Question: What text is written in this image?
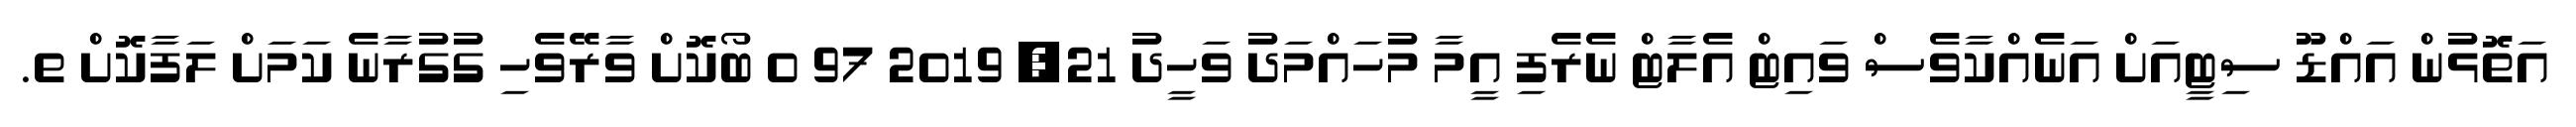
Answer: އަތޮޅުން އައްޑޫ ސިޓީއަށް އަނެއްކާވެސް ވައިޓް އެލާޓް ނެރެފި އީމާ މުހައްމަދު ވަހީދު 21, 2019 97 0 ބޯކޮށް ވާރޭވެހި ގުގުރާނެ ކަމަށް ލަފާކޮށް ތ.